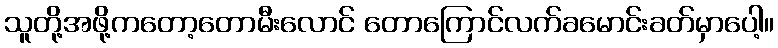
သူတို့အဖို့ကတော့တောမီးလောင် တောကြောင်လက်ခမောင်းခတ်မှာပေါ့။